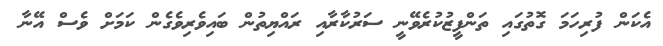
އެކަން ފުރިހަމަ ގޮތުގައި ތަންފީޒުކުރެވޭނީ ސަރުކާރާއި ރައްޔިތުން ބައިވެރިވެގެން ކަމަށް ވެސް އޭނާ